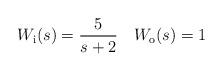
LaTeX: \begin{align*} W_\text i(s)=\frac5{s+2} \quad W_\text o(s)=1\end{align*}